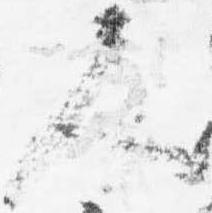
人